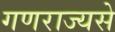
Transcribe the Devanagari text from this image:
गणराज्यसे